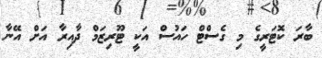
ބާރަ ކޮޓަރީގެ މި ގެސްޓް ހައުސް އަކީ ޓޫރިޒަމް ދާއިރާ އަށް އޭނާ